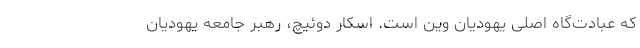
که عبادت‌گاه اصلی یهودیان وین است. اسکار دوئیچ، رهبر جامعه یهودیان